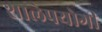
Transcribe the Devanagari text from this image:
शालेपयोगी